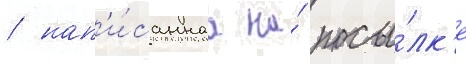
/ нап'и́саннаа на́ посы́лк'е